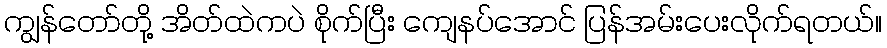
ကျွန်တော်တို့ အိတ်ထဲကပဲ စိုက်ပြီး ကျေနပ်အောင် ပြန်အမ်းပေးလိုက်ရတယ်။